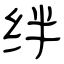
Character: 绊